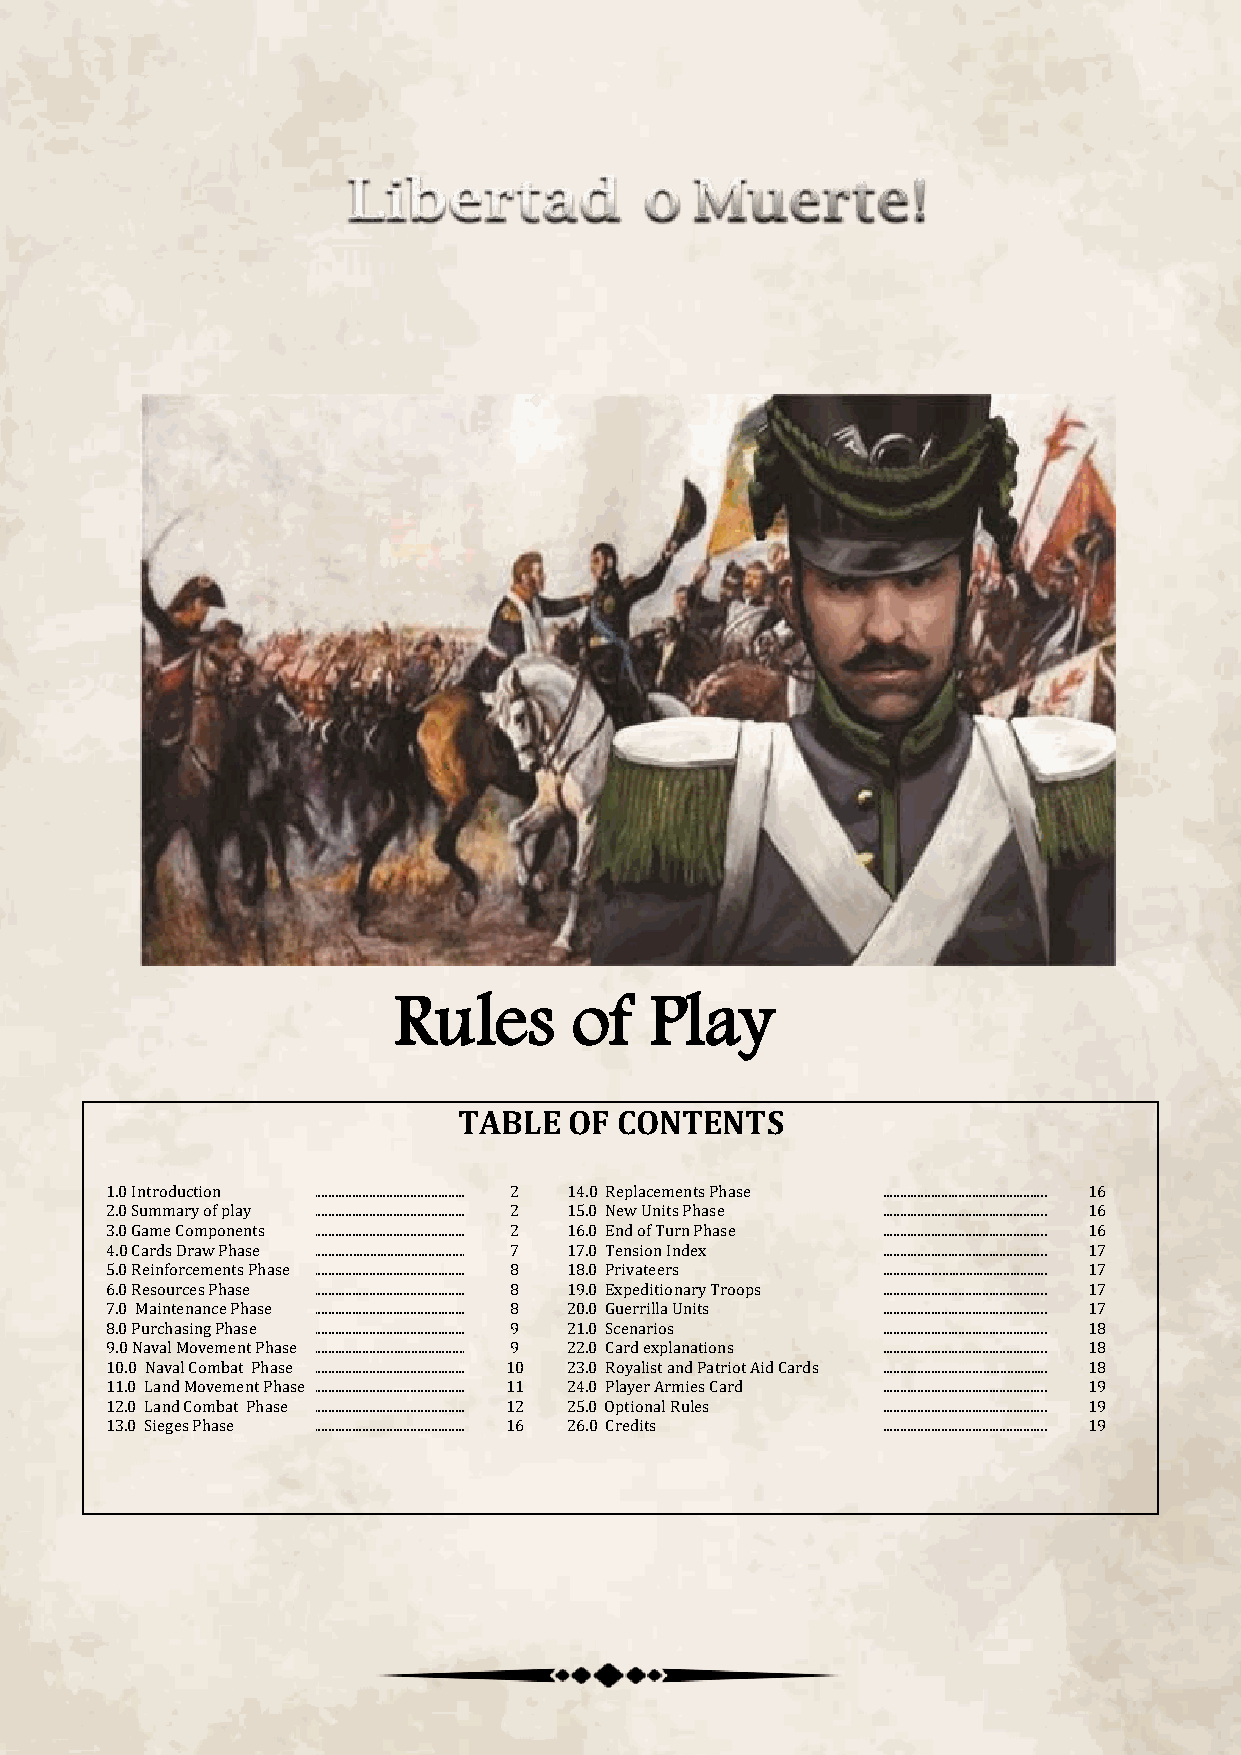
Rules       of   Play
 TABLE   OF CONTENTS
 1.0 Introduction ................................................ 2 14.0 Replacements Phase ................................................ 16
 2.0 Summary of play ................................................ 2 15.0 New Units Phase ................................................ 16
 3.0 Game Components ................................................ 2 16.0 End of Turn Phase ................................................ 16
 4.0 Cards Draw Phase ................................................ 7 17.0 Tension Index ................................................ 17
 5.0 Reinforcements Phase ................................................ 8 18.0 Privateers ................................................ 17
 6.0 Resources Phase ................................................ 8 19.0 Expeditionary Troops ................................................ 17
 7.0 Maintenance Phase ................................................ 8 20.0 Guerrilla Units ................................................ 17
 8.0 Purchasing Phase ................................................ 9 21.0 Scenarios ................................................ 18
 9.0 Naval Movement Phase ................................................ 9 22.0 Card explanations ................................................ 18
 10.0 Naval Combat Phase ................................................ 10 23.0 Royalist and Patriot Aid Cards ................................................ 18
 11.0 Land Movement Phase ................................................ 11 24.0 Player Armies Card ................................................ 19
 12.0 Land Combat Phase ................................................ 12 25.0 Optional Rules ................................................ 19
 13.0 Sieges Phase ................................................ 16 26.0 Credits ................................................ 19
 .